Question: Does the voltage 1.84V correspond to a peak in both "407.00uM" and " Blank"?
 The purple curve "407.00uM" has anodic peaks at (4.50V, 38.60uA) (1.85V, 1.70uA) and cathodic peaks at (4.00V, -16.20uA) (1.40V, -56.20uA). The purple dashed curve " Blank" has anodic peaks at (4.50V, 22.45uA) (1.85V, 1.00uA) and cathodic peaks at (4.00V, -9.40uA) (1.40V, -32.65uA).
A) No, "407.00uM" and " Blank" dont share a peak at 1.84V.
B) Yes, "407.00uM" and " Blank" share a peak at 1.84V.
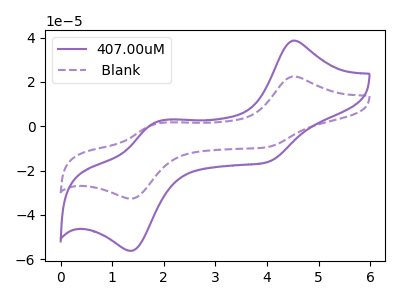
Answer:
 <answer>B) Yes, "407.00uM" and " Blank" share a peak at 1.84V.</answer>
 <eval>B</eval>